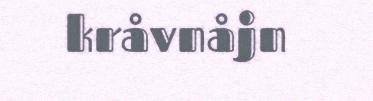
kråvnåjn